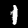
Label: 1